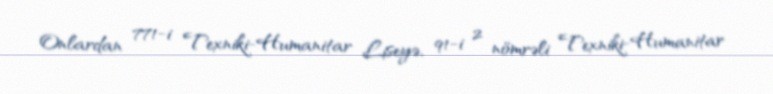
Onlardan 771-i Texniki-Humanitar Liseyə, 91-i 2 nömrəli Texniki-Humanitar